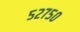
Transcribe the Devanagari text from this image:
५२७५०